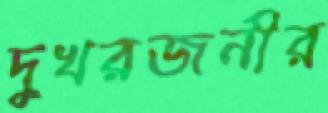
দুখরজনীর